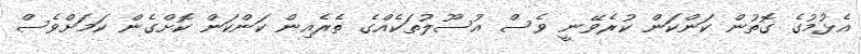
އެޅުމުގެ ގޮތުން ކަންކަން ކުރެވޭނީ ވެސް އުސޫލުތަކެއްގެ ތެރެއިން ކަންކަން ކޮށްގެން ކަމަށްވެސް